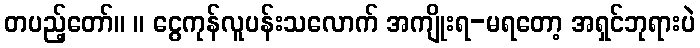
တပည့်တော်။ ။ ငွေကုန်လူပန်းသလောက် အကျိုးရ-မရတော့ အရှင်ဘုရားပဲ